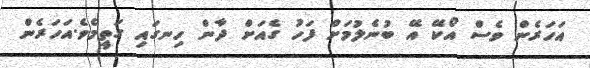
އަހަރެން ވެސް އޯކޭ އޭ ބުނެލުމަށް ފަހު ގެއަށް ދާން ހިނގައި ގަތީމެވެ.އަހަރެން